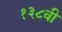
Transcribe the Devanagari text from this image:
१३८वी